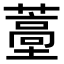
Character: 𬞩